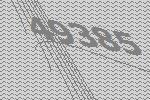
49385